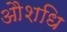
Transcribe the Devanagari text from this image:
औशधि